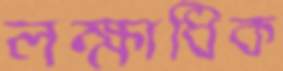
লক্ষাধিক